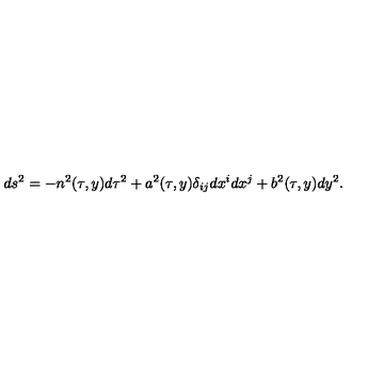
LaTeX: d s ^ { 2 } = - n ^ { 2 } ( \tau , y ) d \tau ^ { 2 } + a ^ { 2 } ( \tau , y ) \delta _ { i j } d x ^ { i } d x ^ { j } + b ^ { 2 } ( \tau , y ) d y ^ { 2 } .